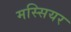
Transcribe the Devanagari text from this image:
मस्सियर